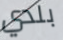
بلدي